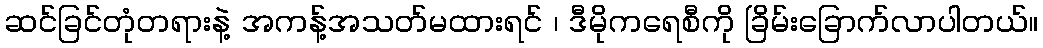
ဆင်ခြင်တုံတရားနဲ့ အကန့်အသတ်မထားရင် ၊ ဒီမိုကရေစီကို ခြိမ်းခြောက်လာပါတယ်။